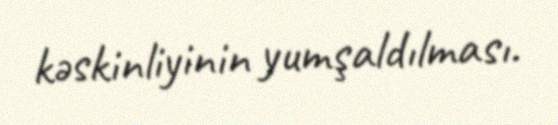
kəskinliyinin yumşaldılması.